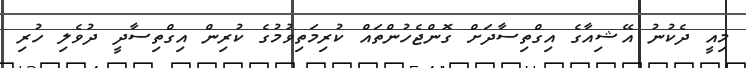
މިއީ ދެކުނު އޭޝިއާގެ އިގްތިސާދަށް ގޮންޖެހުންތައް ކުރިމަތިވުމުގެ ކުރިން އިގްތިސާދީ ދުވެލި ހުރި